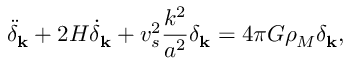
{ \ddot { \delta } } _ { \bf k } + 2 H { \dot { \delta } } _ { \bf k } + v _ { s } ^ { 2 } \frac { k ^ { 2 } } { a ^ { 2 } } \delta _ { \bf k } = 4 \pi G \rho _ { M } \delta _ { \bf k } ,